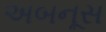
અબનૂસ